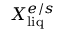
X _ { \mathrm { l i q } } ^ { e / s }